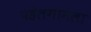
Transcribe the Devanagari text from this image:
पहेलगामला